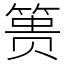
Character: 篑